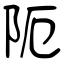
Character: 阨